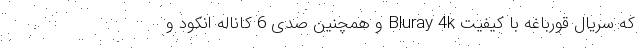
که سریال قورباغه با کیفیت Bluray 4k و همچنین صدی 6 کاناله انکود و